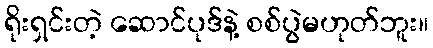
ရိုးရှင်းတဲ့ ဆောင်ပုဒ်နဲ့ စစ်ပွဲမဟုတ်ဘူး။